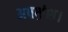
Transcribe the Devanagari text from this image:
अपभ्रंश।